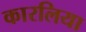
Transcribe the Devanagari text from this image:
कारलिया